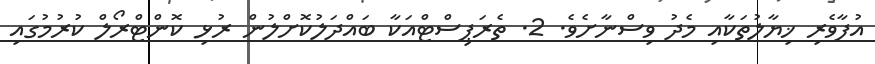
އުފާވެރި ޚިޔާލުތަކާއި މެދު ވިސްނާށެވެ. 2. ތެރަޕިސްޓްއަކާ ބައްދަލުކޮށްލުން ރުޅި ކޮންޓްރޯލް ކުރުމުގައި